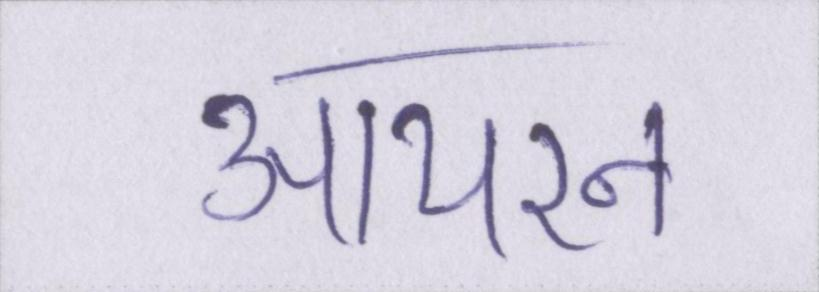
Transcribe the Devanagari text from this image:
आयरन